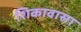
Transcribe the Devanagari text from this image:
शिकावासा